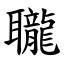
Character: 䏊